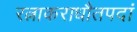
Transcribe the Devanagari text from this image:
रत्नाकराधौतपदां